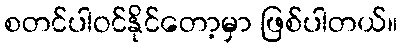
စတင်ပါဝင်နိုင်တော့မှာ ဖြစ်ပါတယ်။